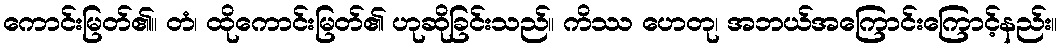
ကောင်းမြတ်၏။ တံ၊ ထိုကောင်းမြတ်၏ ဟုဆိုခြင်းသည်။ ကိဿ ဟေတု၊ အဘယ်အကြောင်းကြောင့်နည်း။